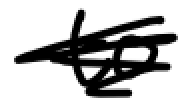
Text: to
Cross-out: scratch
Writing tool: digital_black